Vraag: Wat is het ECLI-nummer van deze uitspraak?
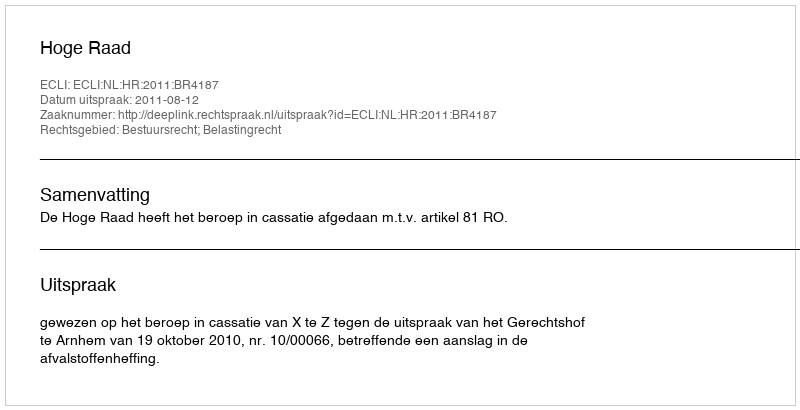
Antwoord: ECLI:NL:HR:2011:BR4187